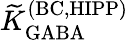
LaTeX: {\widetilde K}_{\mathrm{GABA}}^{\mathrm{(BC,HIPP)}}